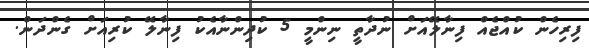
ފިިރިހެން ކުއްޖެއް ފިނާލޭއަށް ނުދާތީ ނިންމީ 5 ކުދިންނާއެކު ފިނާލޭ ކުރިއަށް ގެންދަން.